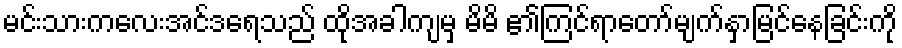
မင်းသားကလေးအင်ဒရေသည် ထိုအခါကျမှ မိမိ ၏ကြင်ရာတော်မျက်နှာမြင်နေခြင်းကို